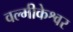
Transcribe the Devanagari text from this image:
वल्मीकेश्वर